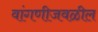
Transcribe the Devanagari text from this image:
वांगणीजवळील